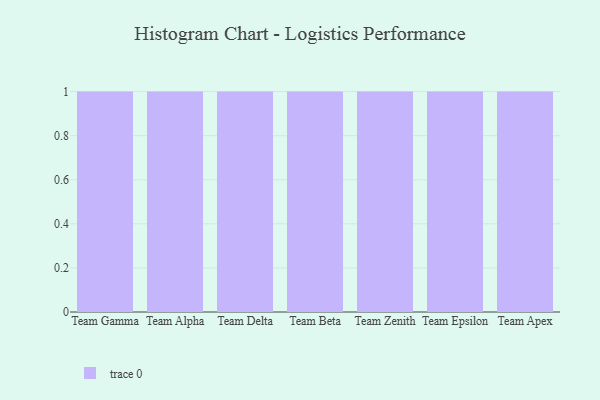
{"axis": {"x": "Team", "y": "Budget (USD K)"}, "legend": [""], "data": [{"x": "Team Gamma", "y": 3, "type": ""}, {"x": "Team Alpha", "y": 41, "type": ""}, {"x": "Team Delta", "y": 88, "type": ""}, {"x": "Team Beta", "y": 5, "type": ""}, {"x": "Team Zenith", "y": 35, "type": ""}, {"x": "Team Epsilon", "y": 17, "type": ""}, {"x": "Team Apex", "y": 40, "type": ""}]}